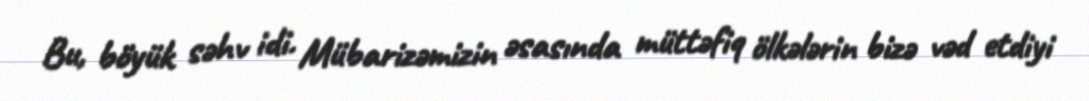
Bu, böyük səhv idi. Mübarizəmizin əsasında müttəfiq ölkələrin bizə vəd etdiyi